Annual report of the Punjab Veterinary College and of the Civil Veterinary Department, Punjab - 1920-1925
Year: 1920
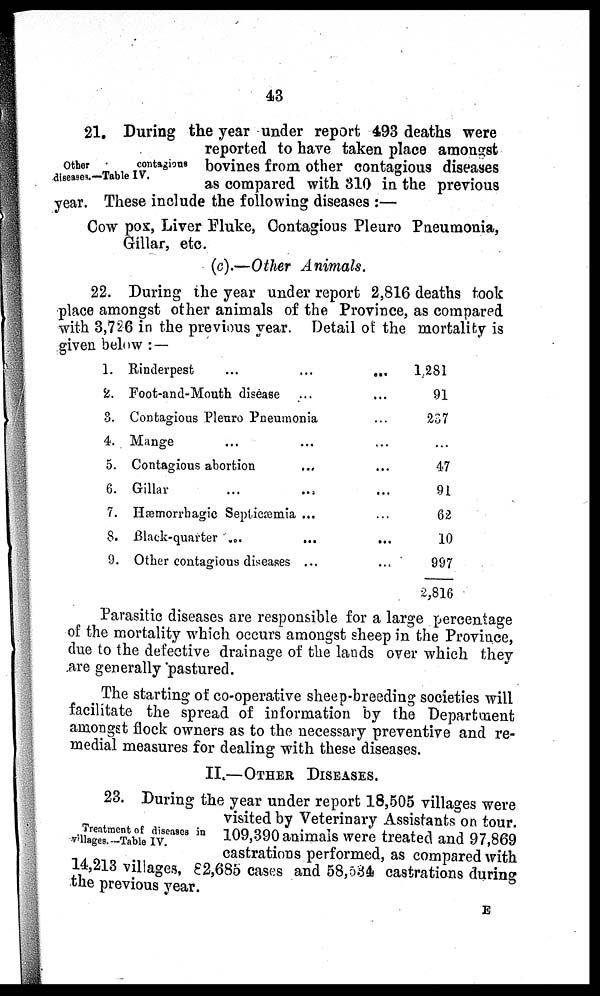
43
Other
contagious
diseases— Table IV.
21. During the year under report 493 deaths were
reported to have taken place amongst
bovines from other contagious diseases
as compared with 310 in the previous
year. These include the following diseases:—
Cow pox, Liver Fluke, Contagious Pleuro Pneumonia,
Gillar, etc.
(c).—Other Animals.
22. During the year under report 2,816 deaths took
place amongst other animals of the Province, as compared
with 3,726 in the previous year. Detail of the mortality is
given below:—
1. Rinderpest ... ... ...
2. Foot-and-Mouth disease ...
3. Contagious Pleuro Pneumonia ... ... ...
4. Mange ... ...
5. Contagious abortion ... ...
6. Gillar ... ...
7. Hæmorrhagic Septicæmia ...
8. Black-quarter ... ...
9. Other contagious diseases ...
...
...
...
...
...
...
...
...
...
1,281
91
237
47
91
62
10
997
2,816
Parasitic diseases are responsible for a large percentage
of the mortality which occurs amongst sheep in the Province,
due to the defective drainage of the lands over which they
are generally pastured.
The starting of co-operative sheep-breeding societies will
facilitate the spread of information by the Department
amongst flock owners as to the necessary preventive and re-
medial measures for dealing with these diseases.
II.—OTHER DISEASES.
Treatment of diseases in
villages.—Table IV.
23. During the year under report 18,505 villages were
visited by Veterinary Assistants on tour.
109,390 animals were treated and 97,869
castrations performed, as compared with
14,213 villages, 82,685 cases and 58,534 castrations during
the previous year.
E